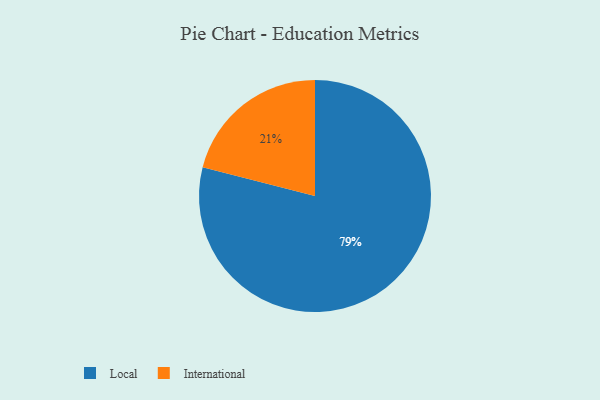
{"axis": {"x": "Category", "y": "Percentage"}, "legend": ["International", "Local"], "data": [{"x": "International", "y": 21, "type": "International"}, {"x": "Local", "y": 79, "type": "Local"}]}